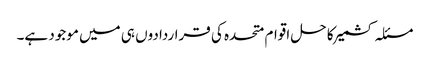
مسئلہ کشمیر کا حل اقوام متحدہ کی قراردادوں ہی میں موجود ہے۔